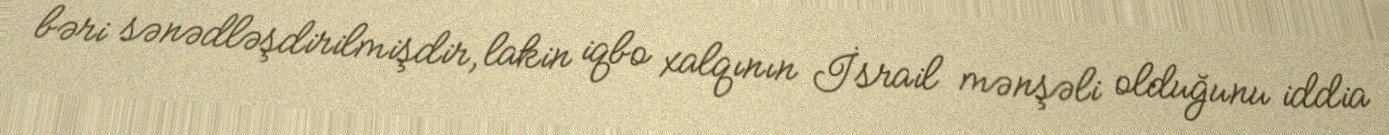
bəri sənədləşdirilmişdir, lakin iqbo xalqının İsrail mənşəli olduğunu iddia